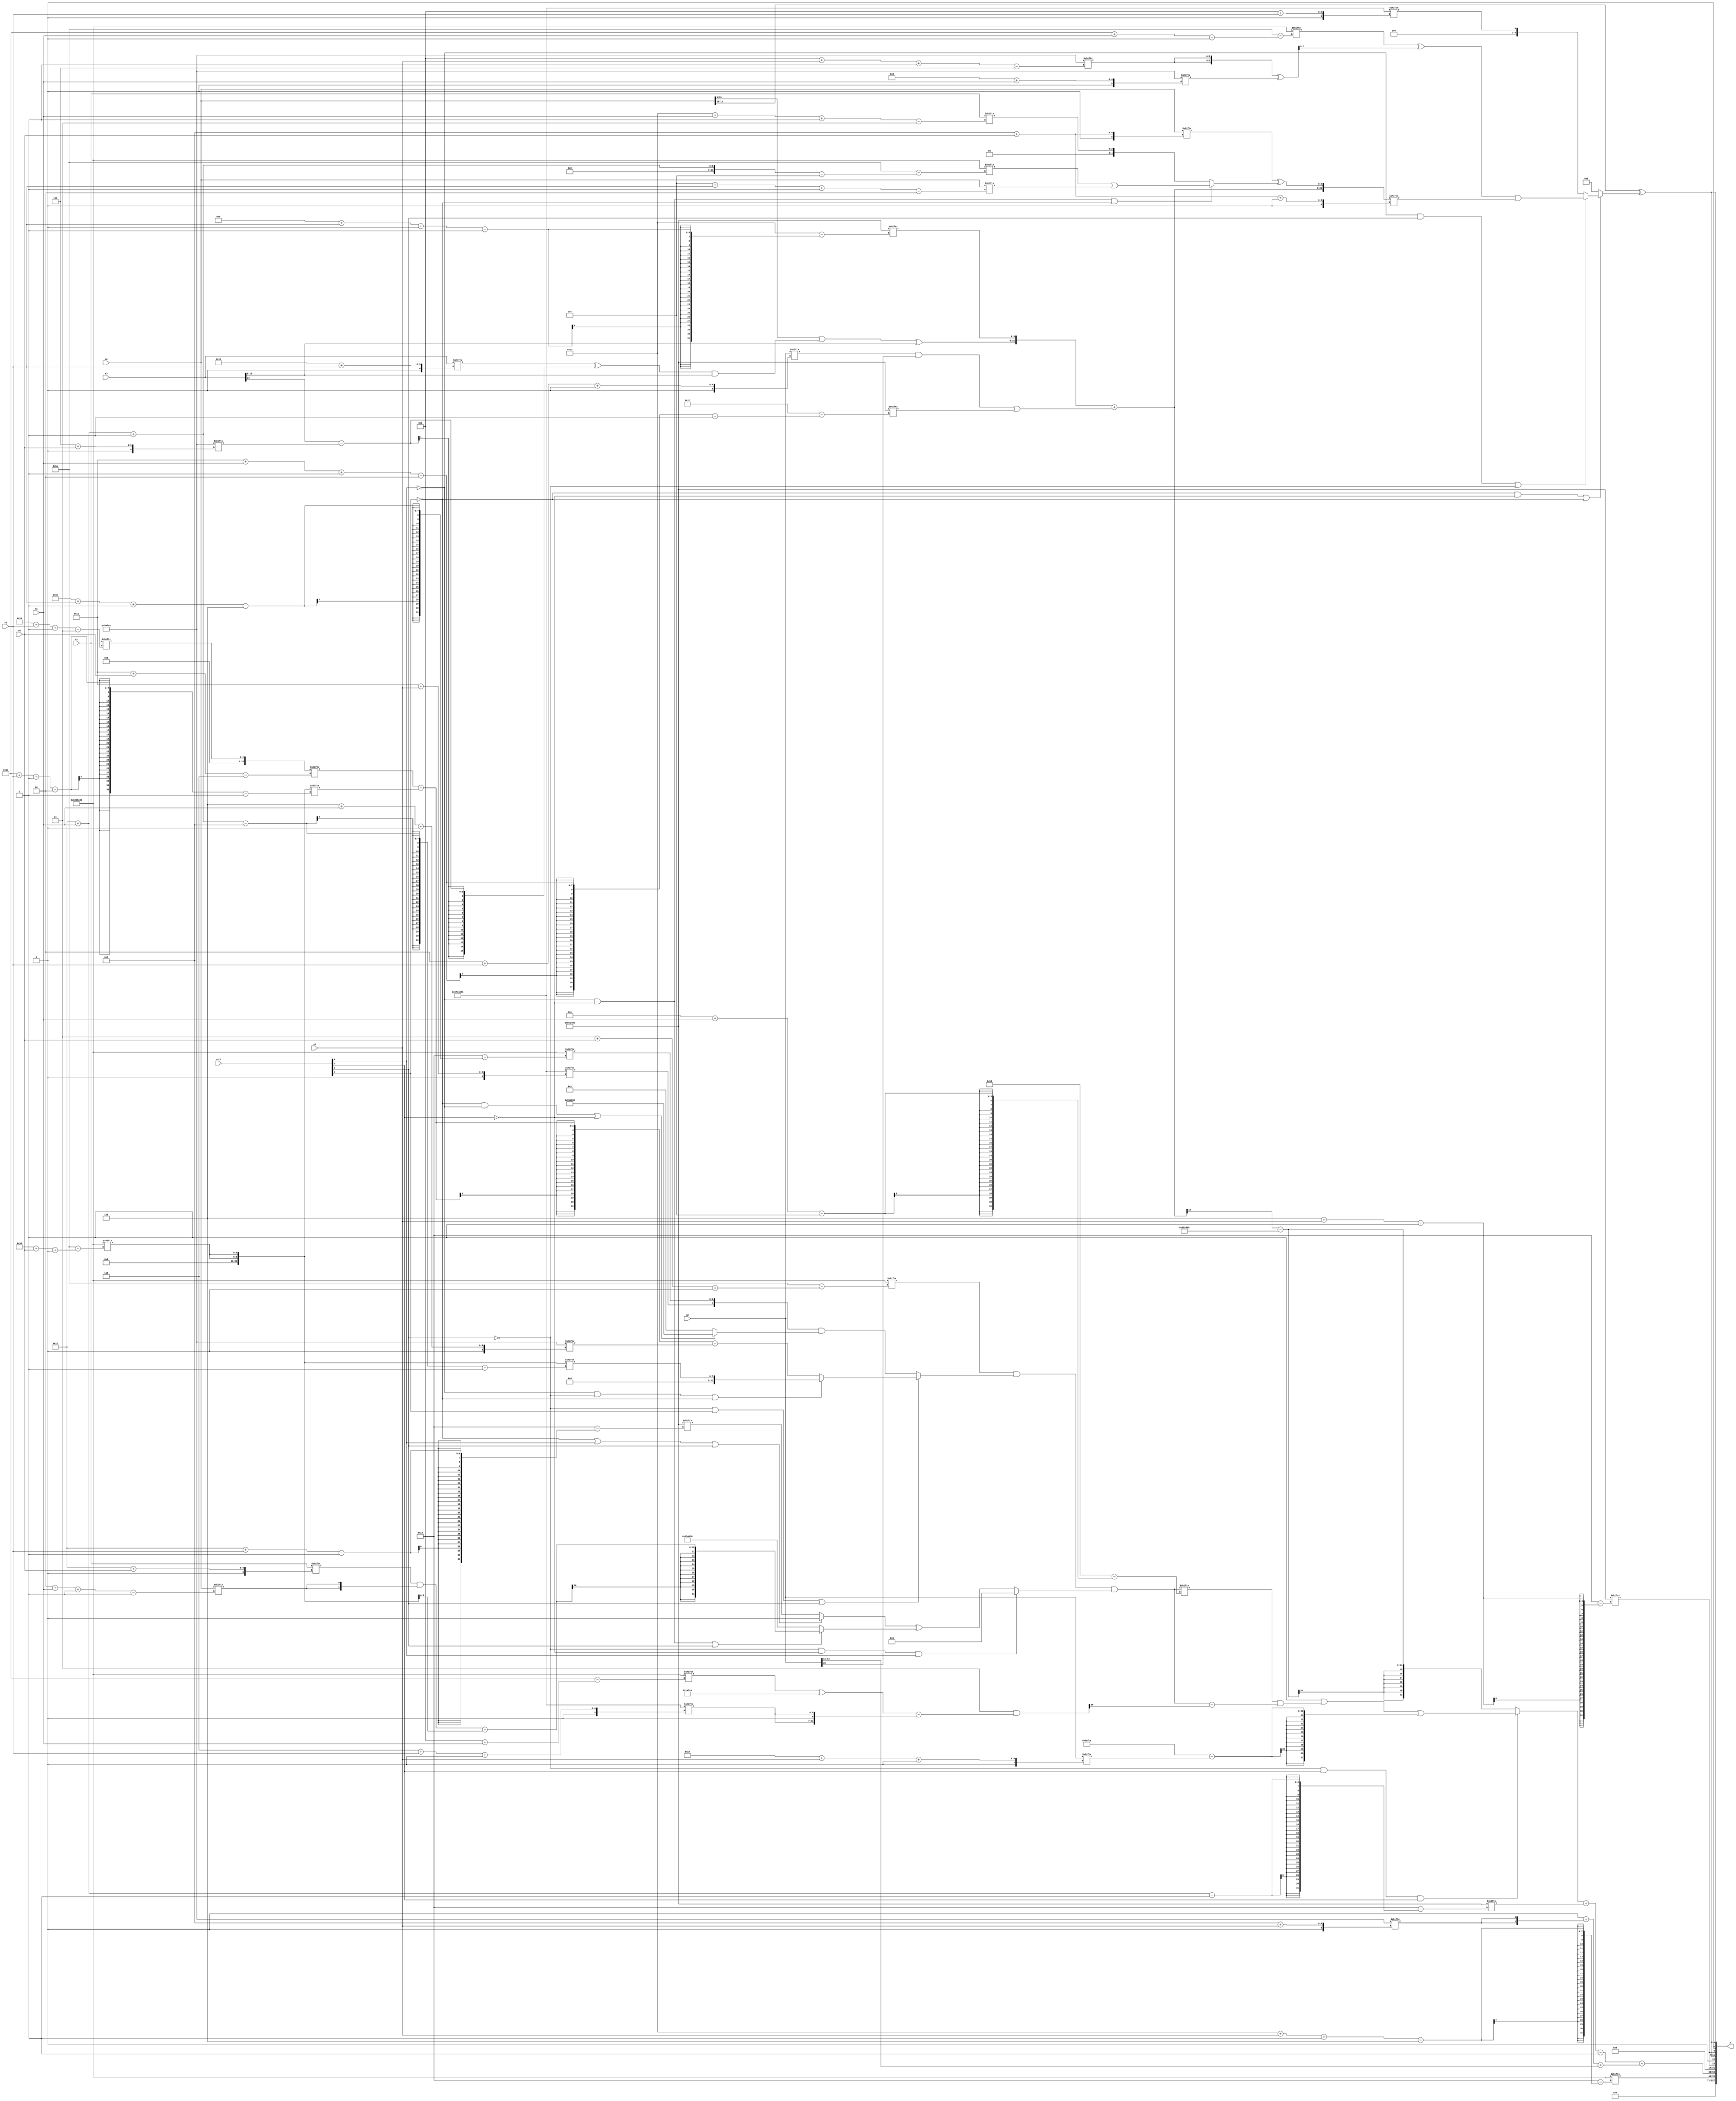
module partsel_00697(ctrl, s0, s1, s2, s3, x0, x1, x2, x3, y);
  input [3:0] ctrl;
  input [2:0] s0;
  input [2:0] s1;
  input [2:0] s2;
  input [2:0] s3;
  input signed [31:0] x0;
  input signed [31:0] x1;
  input signed [31:0] x2;
  input signed [31:0] x3;
  wire signed [30:1] x4;
  wire signed [26:0] x5;
  wire signed [4:29] x6;
  wire [5:30] x7;
  wire signed [24:6] x8;
  wire [24:1] x9;
  wire [1:24] x10;
  wire [28:0] x11;
  wire [28:2] x12;
  wire [26:0] x13;
  wire [5:26] x14;
  wire [3:25] x15;
  output [127:0] y;
  wire signed [31:0] y0;
  wire signed [31:0] y1;
  wire [31:0] y2;
  wire signed [31:0] y3;
  assign y = {y0,y1,y2,y3};
  localparam signed [27:0] p0 = 116605014;
  localparam signed [24:0] p1 = 604745674;
  localparam signed [1:25] p2 = 579146901;
  localparam signed [0:30] p3 = 103640160;
  assign x4 = {2{p3[29 + s0 +: 5]}};
  assign x5 = {2{{({((x0 | ((x3[16 + s2] ^ (x3[23] - p1[4 + s0])) & x3)) ^ x3), p2[9 + s2 +: 6]} + ((x2[2 + s2 +: 6] & x2[20]) | p2[17 + s1 -: 2])), (x0[8 + s0] ^ (!ctrl[0] && !ctrl[3] && !ctrl[1] ? (p3[18 + s1 -: 5] | x0[5 + s2 -: 2]) : x1[19 + s1 -: 3]))}}};
  assign x6 = ({2{p2[23]}} & ((p3[11 + s1] ^ p1) - {2{{(p1[21] & p1[18]), p0[6 + s2 +: 6]}}}));
  assign x7 = {2{x5[17 -: 4]}};
  assign x8 = x1[25 + s2 -: 3];
  assign x9 = (x1[18 + s0] & {2{x0[2 + s1 -: 1]}});
  assign x10 = ({2{p1[11 + s3 -: 4]}} ^ p1[13 + s1]);
  assign x11 = (p3[22] + {2{p1[8 + s3]}});
  assign x12 = p2[18 + s1];
  assign x13 = (!ctrl[1] || ctrl[0] || ctrl[2] ? p0[8 +: 3] : p2[18 + s2]);
  assign x14 = ((p3[3 + s0 +: 5] & (!ctrl[2] || ctrl[1] || ctrl[2] ? (!ctrl[0] && !ctrl[2] || !ctrl[1] ? x4[18 + s1 -: 8] : ((x8[17 + s0] - x4[30 + s2 -: 2]) - p1[7 + s1 +: 4])) : ({p0[17 + s3], p3[27 + s2 -: 7]} & (!ctrl[1] && !ctrl[0] || !ctrl[3] ? (p0 - p1[8]) : p2[18 +: 1])))) & (!ctrl[2] && !ctrl[3] && ctrl[0] ? p3[16 -: 4] : ({x6, x13} ^ (!ctrl[0] && !ctrl[3] || ctrl[2] ? (x9 - x4) : p0))));
  assign x15 = {x6[13], x12[21]};
  assign y0 = x10[11 +: 3];
  assign y1 = p3[19 + s3 -: 7];
  assign y2 = ((((!ctrl[2] && ctrl[3] && ctrl[3] ? ((p0[23] | (x14[10 + s1] & (x14 + x6[13]))) | (p1 - x2[20 + s3 +: 3])) : (x5[20] - p2)) + x12) - p0[16 +: 1]) + (x11 + x2[12 +: 2]));
  assign y3 = {2{{p2[7 + s3], (x0[10 +: 2] ^ (!ctrl[1] && !ctrl[3] || !ctrl[1] ? (!ctrl[0] && ctrl[2] || !ctrl[2] ? ((p3[30 + s1 +: 5] ^ x10[18 -: 2]) | x5[8 + s0 +: 4]) : p0[11 + s2]) : {2{p0[8 +: 3]}}))}}};
endmodule